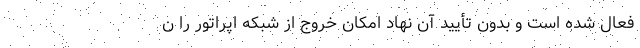
فعال شده است و بدون تأیید آن نهاد امکان خروج از شبکه اپراتور را ن